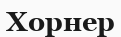
Хорнер